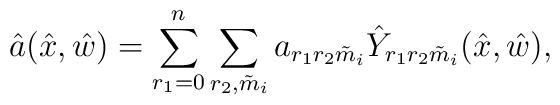
\hat{a}(\hat{x},\hat{w})=\sum_{r_{1}=0}^{n}\sum_{r_{2},\tilde{m}_{i}} a_{r_{1}r_{2}\tilde{m}_{i}}\hat{Y}_{r_{1}r_{2}\tilde{m}_{i}}(\hat{x},\hat{w}),